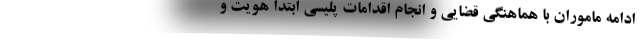
ادامه ماموران با هماهنگی قضایی و انجام اقدامات پلیسی ابتدا هویت و